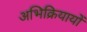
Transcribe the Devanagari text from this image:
अभिक्रियायों